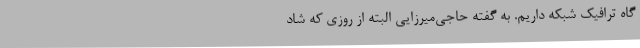
گاه ترافیک شبکه داریم. به گفته حاجی‌میرزایی البته از روزی که شاد